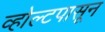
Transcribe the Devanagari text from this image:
व्होल्टपासून